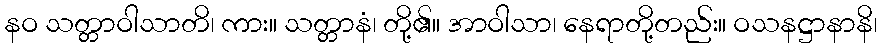
နဝ သတ္တာဝါသာတိ၊ ကား။ သတ္တာနံ၊ တို့၏။ အာဝါသာ၊ နေရာတို့တည်း။ ဝသနဋ္ဌာနာနိ၊